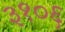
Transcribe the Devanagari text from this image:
३१०६